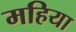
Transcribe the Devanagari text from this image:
महिया